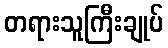
တရားသူကြီးချုပ်